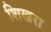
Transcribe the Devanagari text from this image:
शिखरा